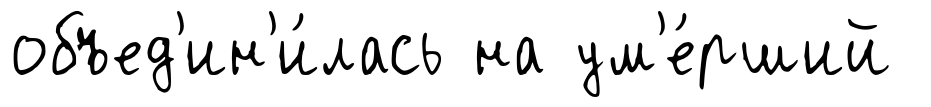
объед'ин'и́лась на ум'е́рший